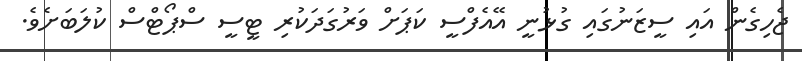
ޖެހިގެން އައި ސީޒަނުގައި ގުޅުނީ އޭއެފްސީ ކަޕަށް ވަރުގަދަކުރި ޓީސީ ސްޕޯޓްސް ކުލަބަށެވެ.